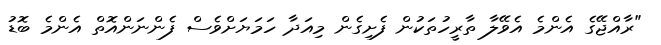
"ރާއްޖޭގެ އެންމެ އެވޭލާ ތާރީހުތަކުން ފެށިގެން މިއަދާ ހަމަޔަށްވެސް ފެންނަންއޮތް އެންމެ ބޮޑު